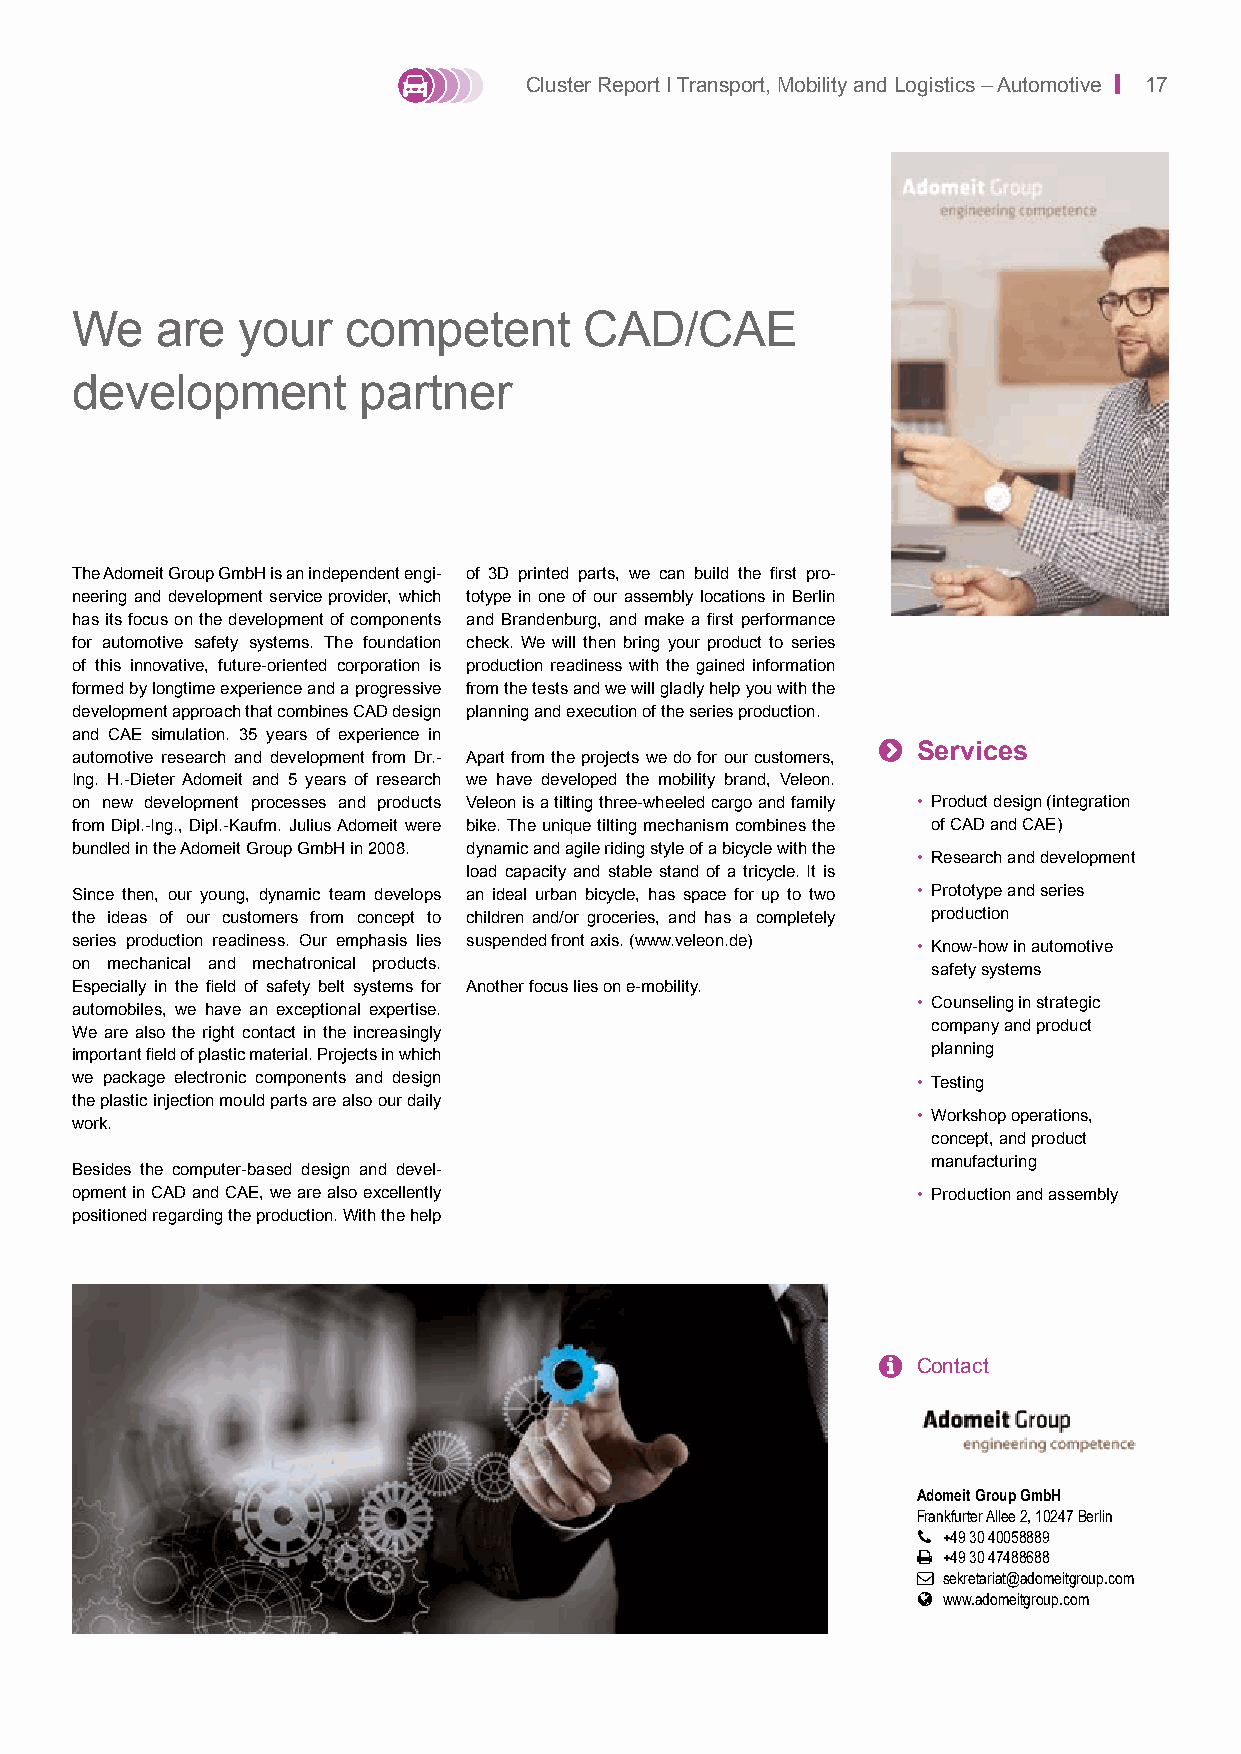
Cluster Report I Transport, Mobility and Logistics – Automotive | 17
 We   are   your   competent       CAD/CAE
 development        partner
 The Adomeit Group GmbH is an independent engi- of 3D printed parts, we can build the first pro-
 neering and development service provider, which totype in one of our assembly locations in Berlin
 has its focus on the development of components and Brandenburg, and make a first performance
 for automotive safety systems. The foundation check. We will then bring your product to series
 of this innovative, future-oriented corporation is production readiness with the gained information
 formed by longtime experience and a progressive from the tests and we will gladly help you with the
 development approach that combines CAD design planning and execution of the series production.
 and CAE simulation. 35 years of experience in
 
 Services
 automotive research and development from Dr.- Apart from the projects we do for our customers,
 Ing. H.-Dieter Adomeit and 5 years of research we have developed the mobility brand, Veleon.
 on new development processes and products Veleon is a tilting three-wheeled cargo and family • Product design (integration
 from Dipl.-Ing., Dipl.-Kaufm. Julius Adomeit were bike. The unique tilting mechanism combines the of CAD and CAE)
 bundled in the Adomeit Group GmbH in 2008. dynamic and agile riding style of a bicycle with the
 • Research and development
 load capacity and stable stand of a tricycle. It is
 Since then, our young, dynamic team develops an ideal urban bicycle, has space for up to two • Prototype and series
 the ideas of our customers from concept to children and/or groceries, and has a completely production
 series production readiness. Our emphasis lies suspended front axis. (www.veleon.de)
 • Know-how in automotive
 on mechanical and mechatronical products.
 safety systems
 Especially in the field of safety belt systems for Another focus lies on e-mobility.
 automobiles, we have an exceptional expertise.          • Counseling in strategic
 We are also the right contact in the increasingly        company and product
 important field of plastic material. Projects in which   planning
 we package electronic components and design             • Testing
 the plastic injection mould parts are also our daily
 • Workshop operations,
 work.
 concept, and product
 manufacturing
 Besides the computer-based design and devel-
 opment in CAD and CAE, we are also excellently          • Production and assembly
 positioned regarding the production. With the help
   Contact
 Adomeit Group GmbH
 Frankfurter Allee 2, 10247 Berlin
  +49 30 40058889
  +49 30 47488688
  sekretariat@adomeitgroup.com
  www.adomeitgroup.com